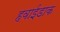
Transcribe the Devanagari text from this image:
हवाईडाक